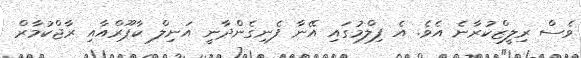
ވެސް ރިލީޒްކުރާނެ އެވެ. އެ ފިލްމުގައި އޭނާ ފެނިގެންދާނީ އަނިލް ކާޕޫރްއާއި ރާޖްކުމާރް